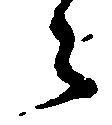
々